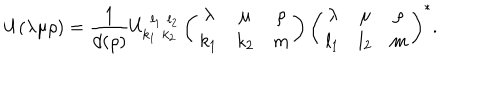
U ( \lambda \mu \rho ) = { \frac { 1 } { d ( \rho ) } } U _ { k _ { 1 } \, \, k _ { 2 } } ^ { \, \, l _ { 1 } \, \, l _ { 2 } } \left( \begin{array} { c c c } { { \lambda } } & { { \mu } } & { { \rho } } \\ { { k _ { 1 } } } & { { k _ { 2 } } } & { { m } } \\ \end{array} \right) \left( \begin{array} { c c c } { { \lambda } } & { { \mu } } & { { \rho } } \\ { { l _ { 1 } } } & { { l _ { 2 } } } & { { m } } \\ \end{array} \right) ^ { \ast } .